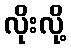
လိုးလို့